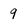
Character: 9